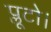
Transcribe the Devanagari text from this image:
प्लूटो।